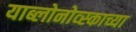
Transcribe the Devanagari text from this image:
याब्लोनोव्स्काच्या